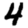
Digit: 4